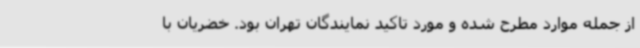
از جمله موارد مطرح شده و مورد تاکید نمایندگان تهران بود. خضریان با